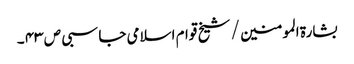
بشارۃ المومنین / شیخ قوام اسلامی جاسبی ص ۴۳ ۔